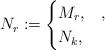
LaTeX: \begin{align*}N_r\coloneqq \begin{cases}M_r,&,\\N_k,&\end{cases}\end{align*}